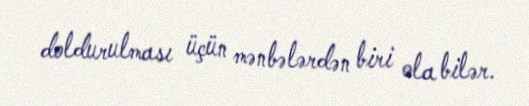
doldurulması üçün mənbələrdən biri ola bilər.